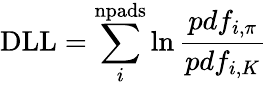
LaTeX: \mathrm{{DLL}}=\sum_{i}^{\mathrm{{npads}}}\ln\frac{pdf_{i,\pi}}{pdf_{i,K}}